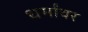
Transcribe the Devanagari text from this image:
धर्मांवर